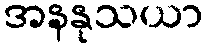
အနနုသယာ